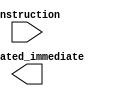
`timescale 1ns / 1ps
//////////////////////////////////////////////////////////////////////////////////
// Company: EECS 581 Team 11
// 
// Design Name: Immediate Generator
// Module Name: imm_gen
// Project Name: Linear Algebra Accelerator
// Target Devices: 
// Description: 
// 
// Revision:
// Additional Comments:
// 
//////////////////////////////////////////////////////////////////////////////////

module imm_gen(
    input [31:0] instruction,
    output [31:0] generated_immediate
);
    reg[31:0] result;
    assign generated_immediate = result;
    // todo: behavior
endmodule